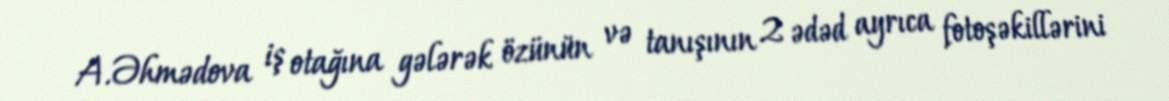
A.Əhmədova iş otağına gələrək özünün və tanışının 2 ədəd ayrıca fotoşəkillərini